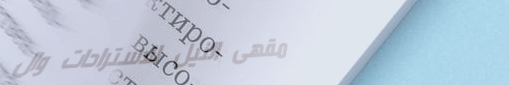
مقهى النيل للاستراحات وال